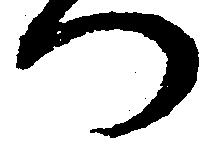
つ